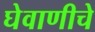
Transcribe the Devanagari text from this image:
घेवाणीचे